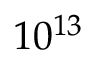
1 0 ^ { 1 3 }